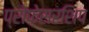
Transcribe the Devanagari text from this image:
प्रोफ़ेसरशिप